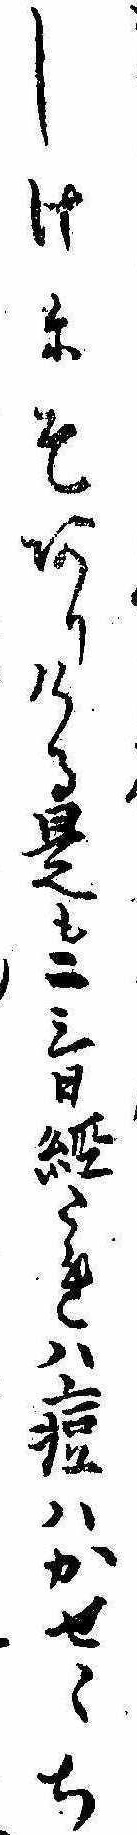
しけにそありける是も二三日経たれは痘はかせくち